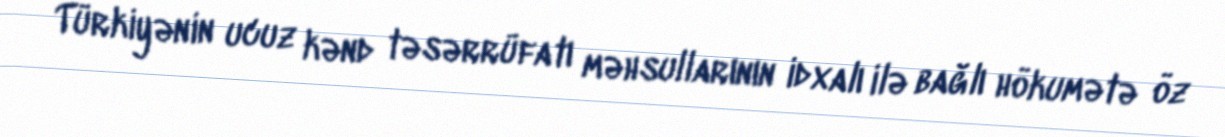
Türkiyənin ucuz kənd təsərrüfatı məhsullarının idxalı ilə bağlı hökumətə öz